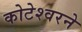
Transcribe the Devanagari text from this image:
कोटेश्वरने